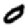
Digit: 0